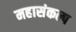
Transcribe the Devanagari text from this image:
महासंकल्प